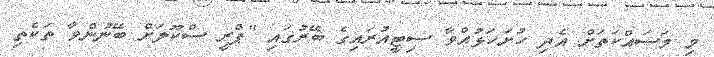
މި މަސައްކަތަށް އެދި ހުށަހަޅުއްވާ ސިޓީއުރައިގެ ބޭރުގައި "ޕްރީ ސްކޫލަށް ބޭނުންވާ ތަކެތި